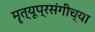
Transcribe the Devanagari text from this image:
मॄत्यूप्रसंगीच्या